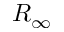
R _ { \infty }